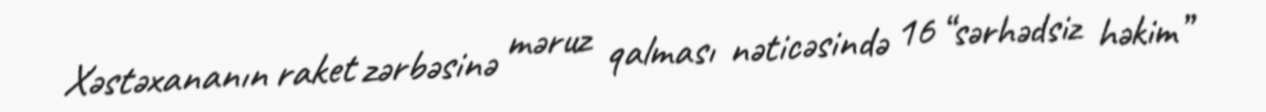
Xəstəxananın raket zərbəsinə məruz qalması nəticəsində 16 “sərhədsiz həkim”